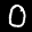
Label: 0